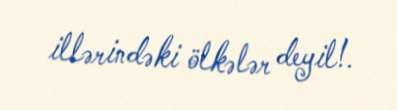
illərindəki ölkələr deyil!.